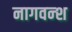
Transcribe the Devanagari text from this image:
नागवन्श